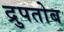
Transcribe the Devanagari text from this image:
द्रुपतोब